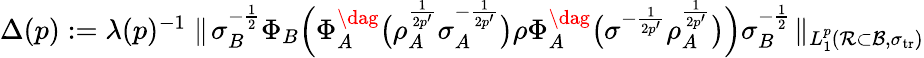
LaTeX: \begin{array}{r}{\Delta(p):=\lambda(p)^{-1}\parallel\! \sigma_{B}^{-\frac{1}{2}}\Phi_{B}\Big(\Phi_{A}^{\dag}\big(\rho_{A}^{\frac{1}{2p^{\prime}}}\sigma_{A}^{-\frac{1}{2p^{\prime}}}\big)\rho\Phi_{A}^{\dag}\big(\sigma^{-\frac{1}{2p^{\prime}}}\rho_{A}^{\frac{1}{2p^{\prime}}}\big)\Big)\sigma_{B}^{-\frac{1}{2}}\! \parallel_{L_{1}^{p}({\mathcal R}\subset{\mathcal{B}},\sigma_{{\mathrm{tr}}})}}\end{array}